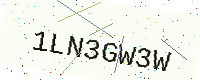
Text: 1LN3GW3W